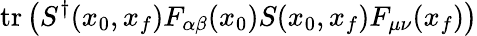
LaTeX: \mathrm{tr}\left(S^{\dagger}(x_{0},x_{f})F_{\alpha\beta}(x_{0})S(x_{0},x_{f})F_{\mu\nu}(x_{f})\right)